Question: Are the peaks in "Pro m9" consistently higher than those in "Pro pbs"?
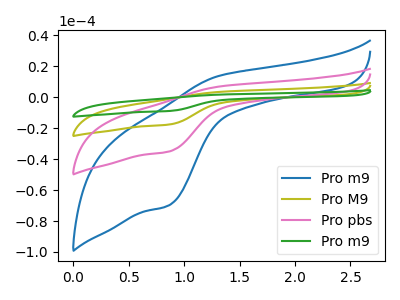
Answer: <think>The blue curve "Pro m9" has an anodic peak at (1.30V, 13.85uA) and a cathodic peak at (0.85V, -69.95uA). The olive curve "Pro M9" has an anodic peak at (1.30V, 13.90uA) and a cathodic peak at (0.85V, -70.25uA). The pink curve "Pro pbs" has an anodic peak at (1.30V, 6.95uA) and a cathodic peak at (0.85V, -35.10uA). The green curve "Pro m9" has an anodic peak at (1.30V, 20.85uA) and a cathodic peak at (0.85V, -105.35uA).</think>
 <answer>Every peak in "Pro m9" is higher than every peak in "Pro pbs".</answer>
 <eval>higher</eval>